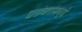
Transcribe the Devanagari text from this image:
घरांघरांमध्ये